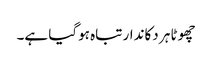
چھوٹا ہر دکاندار تباہ ہوگیا ہے۔